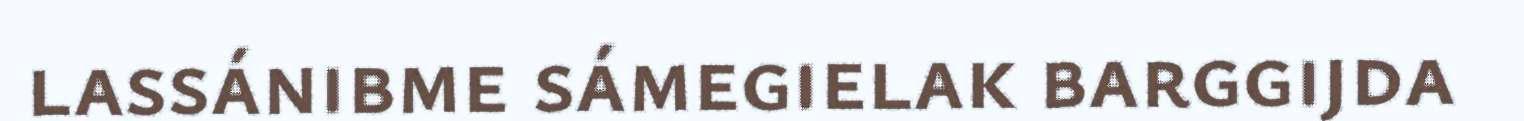
lassánibme sámegielak barggijda